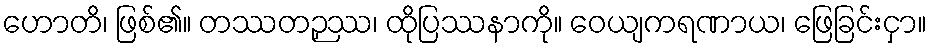
ဟောတိ၊ ဖြစ်၏။ တဿတဉှဿ၊ ထိုပြဿနာကို။ ဝေယျကရဏာယ၊ ဖြေခြင်းငှာ။